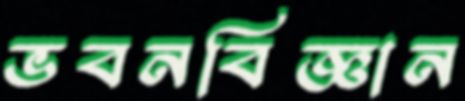
ভবনবিজ্ঞান